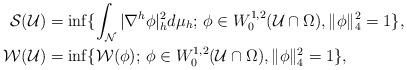
LaTeX: \begin{align*} \mathcal{S}(\mathcal{U}) & = \inf\{\int_{\mathcal{N}} |\nabla^{h}\phi|_{h}^2 d\mu_{h};\, \phi\in W_{0}^{1,2}(\mathcal{U}\cap\Omega), \|\phi\|^2_{4}=1\}, \\ \mathcal{W}(\mathcal{U}) &= \inf\{\mathcal{W}(\phi);\, \phi\in W_{0}^{1,2}(\mathcal{U}\cap\Omega), \|\phi\|^2_{4}=1\},\end{align*}